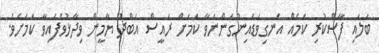
ބަލައި ފާސްކުރި ކަމެއް އެނގިވަޑައިނުގަންނަވާ ކަމަށް ރައީސް އަބްދު ޔާމީން ވިދާޅުވެފައިވާ ކަމަށެވެ.